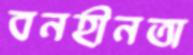
বনহীনতা